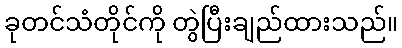
ခုတင်သံတိုင်ကို တွဲပြီးချည်ထားသည်။